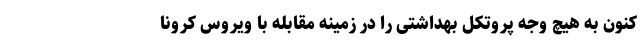
کنون به هیچ وجه پروتکل‌ بهداشتی را در زمینه مقابله با ویروس کرونا